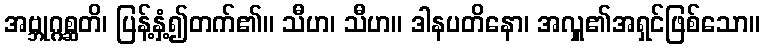
အဗ္ဘုဂ္ဂစ္ဆတိ၊ ပြန့်နှံ့၍တက်၏။ သီဟ၊ သီဟ။ ဒါနပတိနော၊ အလှူ၏အရှင်ဖြစ်သော။